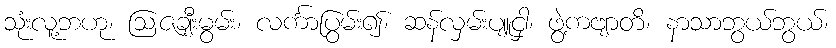
သုံးလူ့ဘဟု၊ ဩဇချီးမွမ်း၊ လင်္ကာပြွမ်း၍၊ ဆန်လှမ်းပျူငှါ၊ ဖွဲ့ကဗျာတိ၊ နာသာဘွယ်ဘွယ်၊